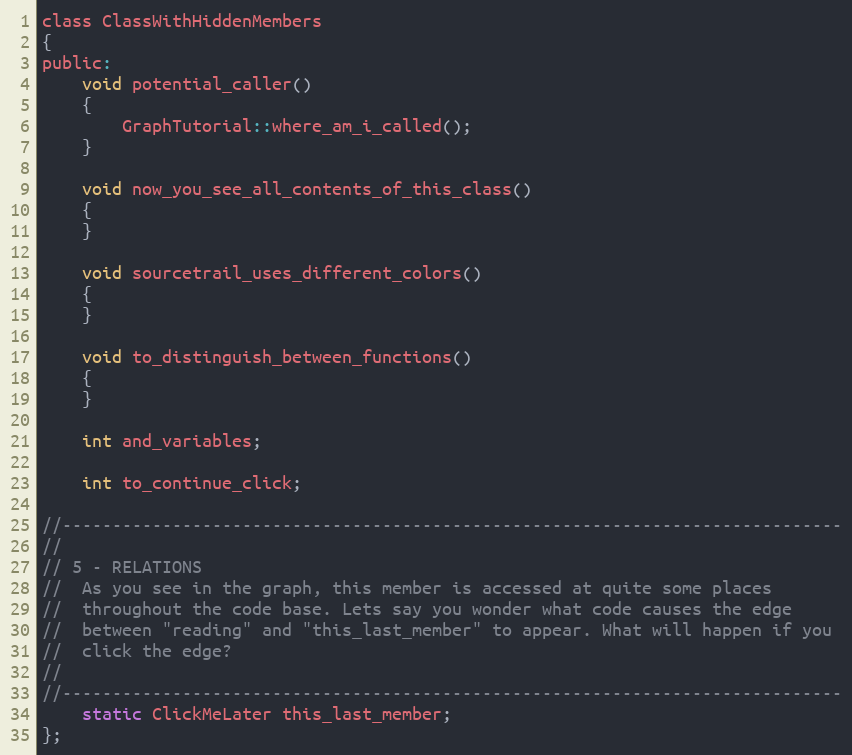
Language: C
class ClassWithHiddenMembers
{
public:
	void potential_caller()
	{
		GraphTutorial::where_am_i_called();
	}

	void now_you_see_all_contents_of_this_class()
	{
	}

	void sourcetrail_uses_different_colors()
	{
	}

	void to_distinguish_between_functions()
	{
	}

	int and_variables;

	int to_continue_click;

//------------------------------------------------------------------------------
//
// 5 - RELATIONS
//  As you see in the graph, this member is accessed at quite some places
//  throughout the code base. Lets say you wonder what code causes the edge
//  between "reading" and "this_last_member" to appear. What will happen if you
//  click the edge?
//
//------------------------------------------------------------------------------
	static ClickMeLater this_last_member;
};